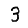
Digit: 3